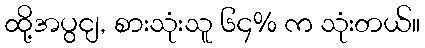
ထို့အပွငျ, စားသုံးသူ ၆၄% က သုံးတယ်။